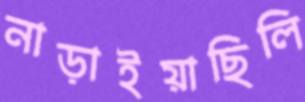
নাড়াইয়াছিলি